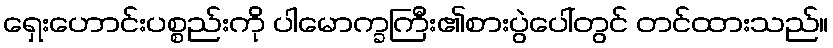
ရှေးဟောင်းပစ္စည်းကို ပါမောက္ခကြီး၏စားပွဲပေါ်တွင် တင်ထားသည်။